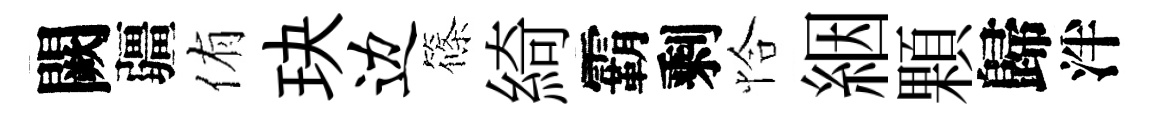
闕疆侑玦边篠綺霸剩恰絪顆歸泮